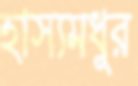
হাস্যমধুর